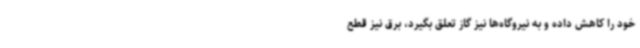
خود را کاهش داده و به نیروگاه‌ها نیز گاز تعلق بگیرد، برق نیز قطع